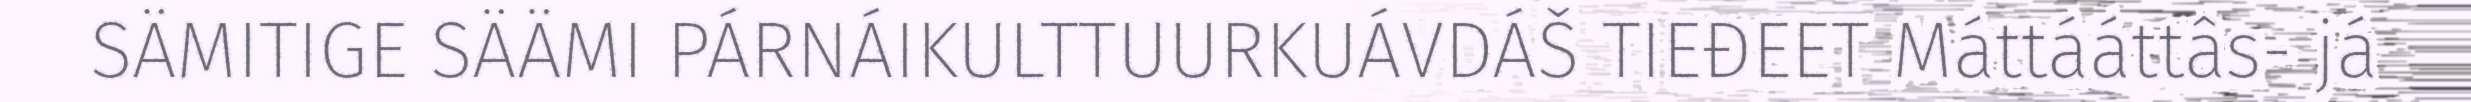
SÄMITIGE SÄÄMI PÁRNÁIKULTTUURKUÁVDÁŠ TIEĐEET Máttááttâs- já